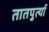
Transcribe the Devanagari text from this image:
तातपुर्त्या